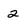
Character: 2